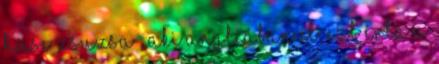
Hüse Zsuzsa , aki Angliában él, ezt írta a